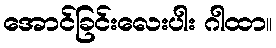
အောင်ခြင်းလေးပါး ဂါထာ။